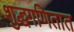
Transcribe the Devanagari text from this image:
शुद्धगणितात